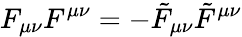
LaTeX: F_{\mu\nu}F^{\mu\nu}=-\tilde{F}_{\mu\nu}\tilde{F}^{\mu\nu}